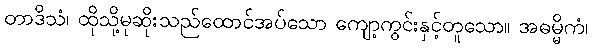
တာဒိသံ၊ ထိုသို့မုဆိုးသည်ထောင်အပ်သော ကျော့ကွင်းနှင့်တူသော။ အဓမ္မိကံ၊